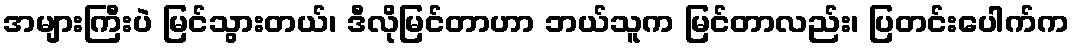
အများကြီးပဲ မြင်သွားတယ်၊ ဒီလိုမြင်တာဟာ ဘယ်သူက မြင်တာလည်း၊ ပြတင်းပေါက်က